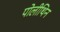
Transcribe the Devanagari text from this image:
पोलीथिन